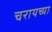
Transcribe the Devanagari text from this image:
चरायच्या